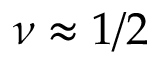
\nu \approx 1 / 2